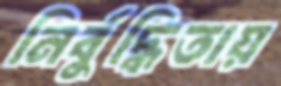
নির্বুদ্ধিতায়